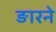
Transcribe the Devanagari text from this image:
ङारने